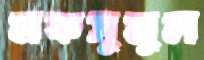
মকসুমুল